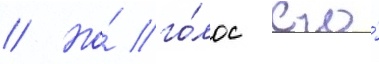
// Но́ го́лос его́